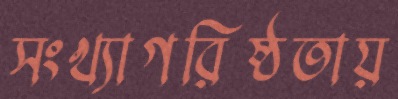
সংখ্যাগরিষ্ঠতায়